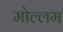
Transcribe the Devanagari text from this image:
मोल्लम